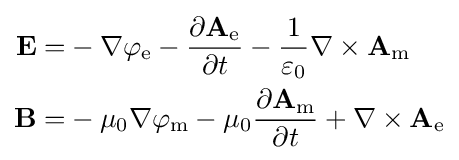
{\begin{aligned}\mathbf {E} =&-\nabla \varphi _{\mathrm {e} }-{\frac {\partial \mathbf {A} _{\mathrm {e} }}{\partial t}}-{\frac {1}{\varepsilon _{0}}}\nabla \times \mathbf {A} _{\mathrm {m} }\\\mathbf {B} =&-\mu _{0}\nabla \varphi _{\mathrm {m} }-\mu _{0}{\frac {\partial \mathbf {A} _{\mathrm {m} }}{\partial t}}+\nabla \times \mathbf {A} _{\mathrm {e} }\\\end{aligned}}